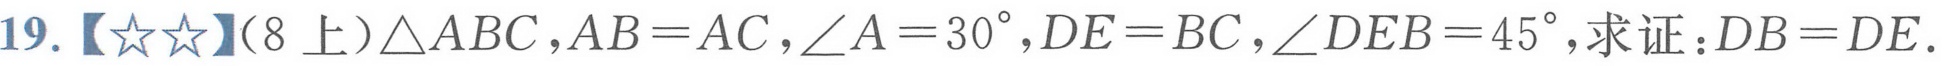
19.【★★】(8上)\(\triangle ABC,AB = AC,\angle A = 30^{\circ},DE = BC,\angle DEB = 45^{\circ}\)，求证：\(DB = DE\).